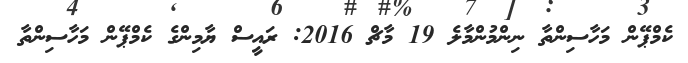
ކެމްޕޭން މަހާސިންތާ ނިންމުންމާލެ 19 މާޗް 2016: ރައީސް ޔާމިންގެ ކެމްޕޭން މަހާސިންތާ